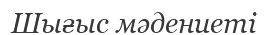
Шығыс мәдениеті